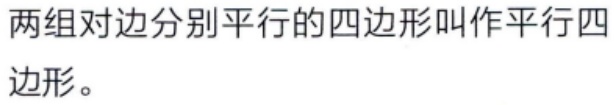
两组对边分别平行的四边形叫作平行四边形。